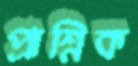
প্রাশ্নিক